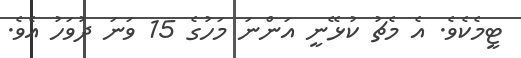
ޓީމެކެވެ. އެ މެޗު ކުޅޭނީ އަންނަ މަހުގެ 15 ވަނަ ދުވަހު އެވެ.